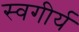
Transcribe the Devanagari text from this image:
स्वगीर्य